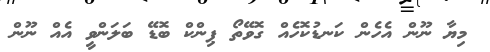
މިޔާ ނޫން އެހެން ކަނޑުކޮހެއް ގޮވޭތޯ ޕިންކް ބޮޑޭ ބަލަންވީ އެއް ނޫން